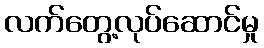
လက်တွေ့လုပ်ဆောင်မှု